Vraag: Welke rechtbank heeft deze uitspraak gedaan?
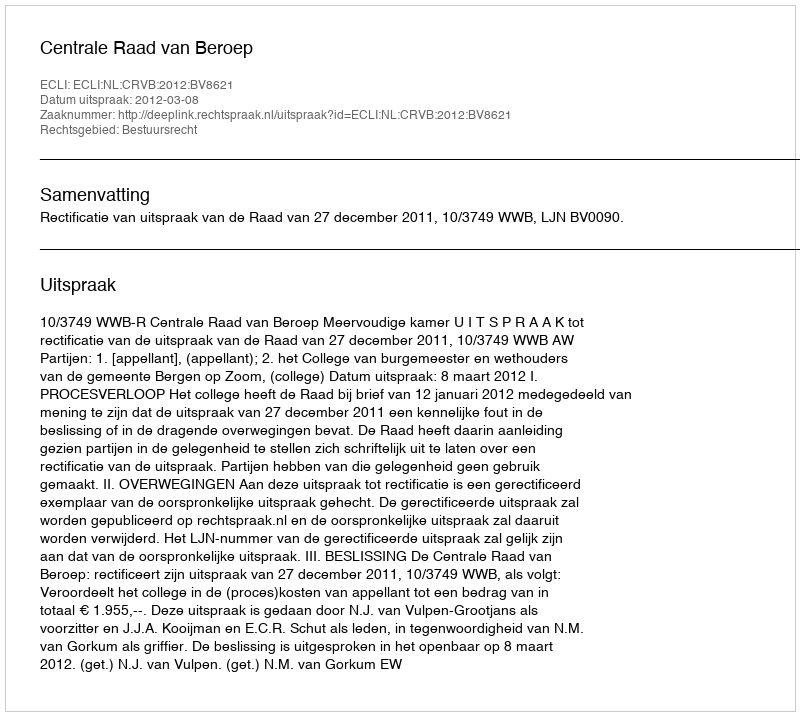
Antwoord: Centrale Raad van Beroep